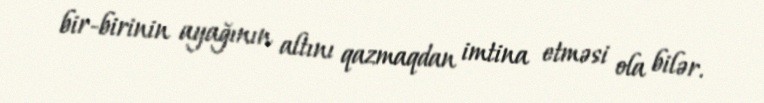
bir-birinin ayağının altını qazmaqdan imtina etməsi ola bilər.